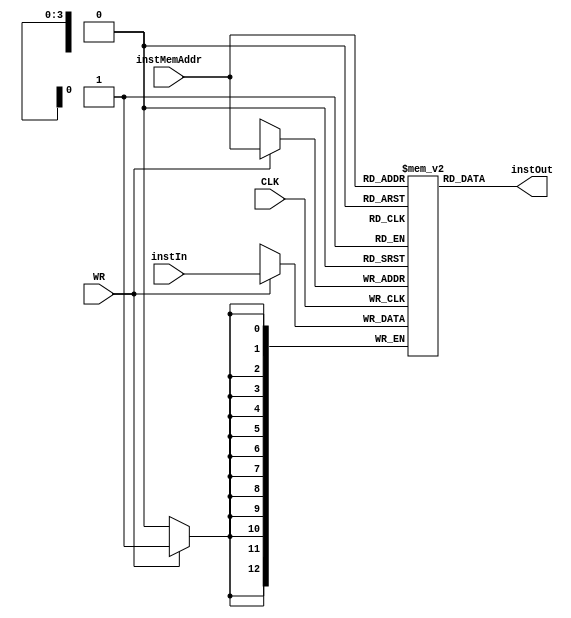
module InstructionMemory(
    input CLK, WR,
    input [3:0] instMemAddr,  //from datapath module
    input [12:0] instIn,
    output [12:0] instOut
);

reg [12:0] SRAM [15:0];

initial
begin
    SRAM[0] = 13'b1000010011011; // R1 = R2 + 3
    SRAM[1] = 13'b0010000100100; // R2 = M(R1)
    SRAM[2] = 13'b1110000001100; // PC = R3;
end

always@(posedge CLK)
begin
    if(WR) SRAM[instMemAddr] <= instIn;
end

assign instOut = SRAM[instMemAddr];

endmodule